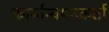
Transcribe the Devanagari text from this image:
कार्यान्वयनकर्ता